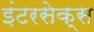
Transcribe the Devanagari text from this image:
इंटरसेक्स